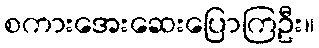
စကားအေးဆေးပြောကြဦး။